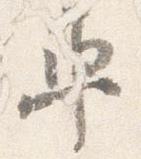
車